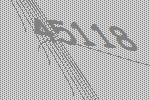
45118